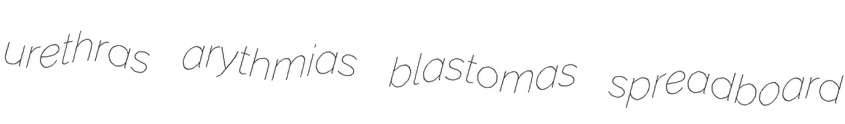
urethras arythmias blastomas spreadboard